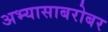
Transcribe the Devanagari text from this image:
अभ्यासाबरोबर